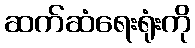
ဆက်ဆံရေးရုံးကို